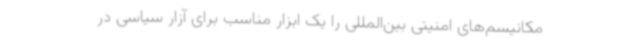
مکانیسم‌های امنیتی بین‌المللی را یک ابزار مناسب برای آزار سیاسی در